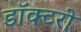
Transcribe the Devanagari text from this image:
डॉक्‍टरो